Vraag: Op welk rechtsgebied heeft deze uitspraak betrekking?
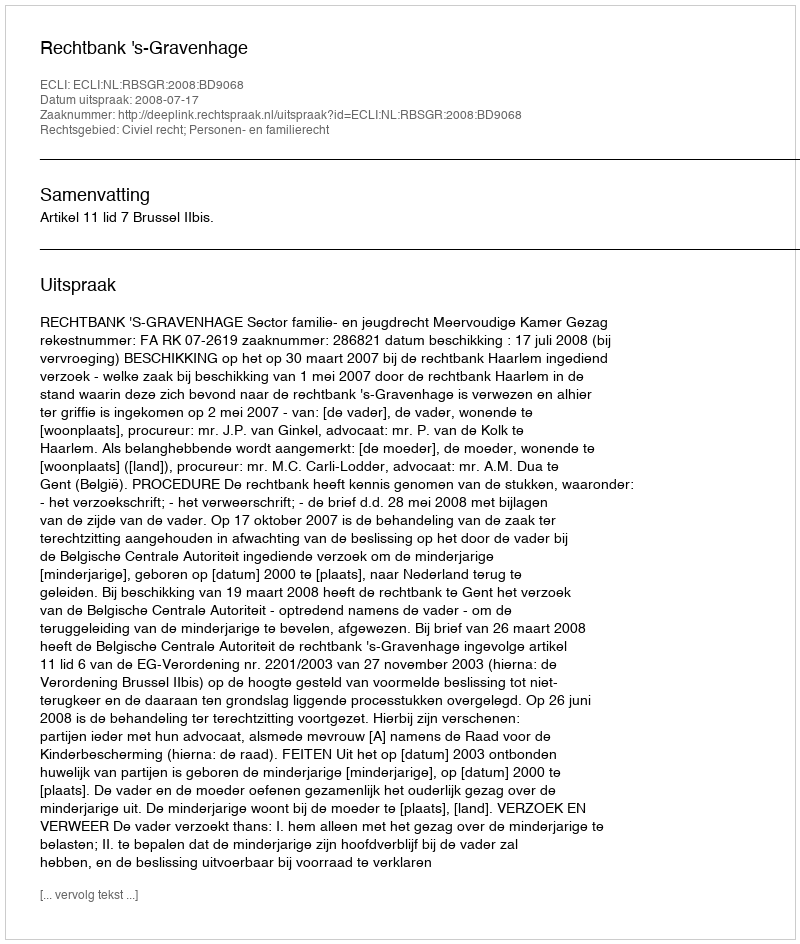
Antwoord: Civiel recht; Personen- en familierecht